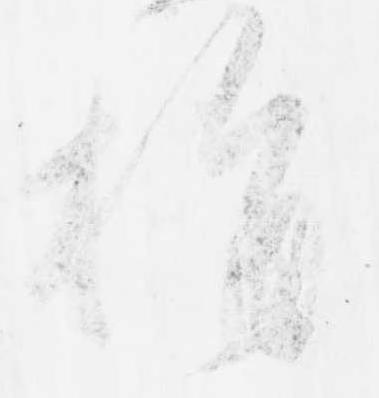
指